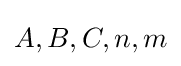
A,B,C,n,m